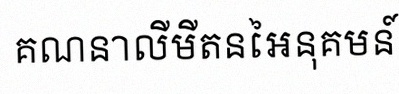
គណនាលីមីតនៃអនុគមន៍ខាងក្រោម